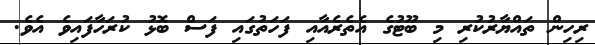
ރިހިން ތައްޔާރުކުރި މި ބޫޓުގެ އެތެރެއާއި ފަހަތުގައި ފަސް ބޮޅު ކުރަހާފައިވެ އެވެ.